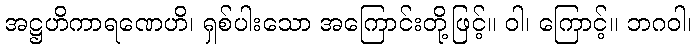
အဋ္ဌဟိကာရဏေဟိ၊ ရှစ်ပါးသော အကြောင်းတို့ဖြင့်။ ဝါ၊ ကြောင့်။ ဘဂဝါ၊